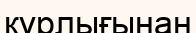
кұрлығынан